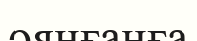
оянғанға